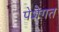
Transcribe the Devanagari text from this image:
पेशेगत